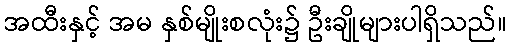
အထီးနှင့် အမ နှစ်မျိုးစလုံး၌ ဦးချိုများပါရှိသည်။